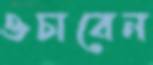
ওচাবেন